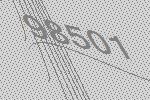
98501